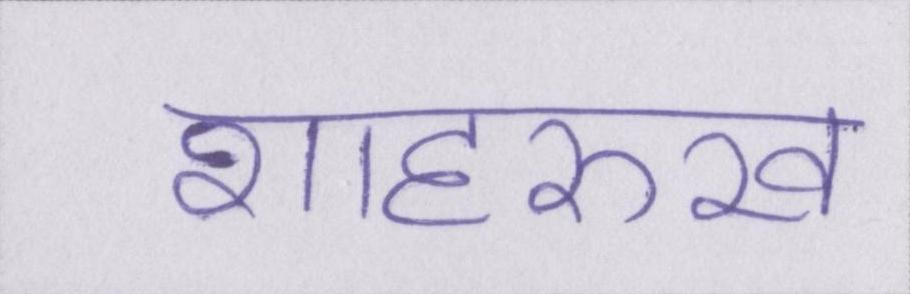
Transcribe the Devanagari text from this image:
शाहरुख